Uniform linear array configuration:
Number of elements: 24
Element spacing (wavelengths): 0.5
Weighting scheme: binomial
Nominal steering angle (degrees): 15
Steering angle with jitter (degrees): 14.736
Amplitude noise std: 0.05
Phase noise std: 0.05

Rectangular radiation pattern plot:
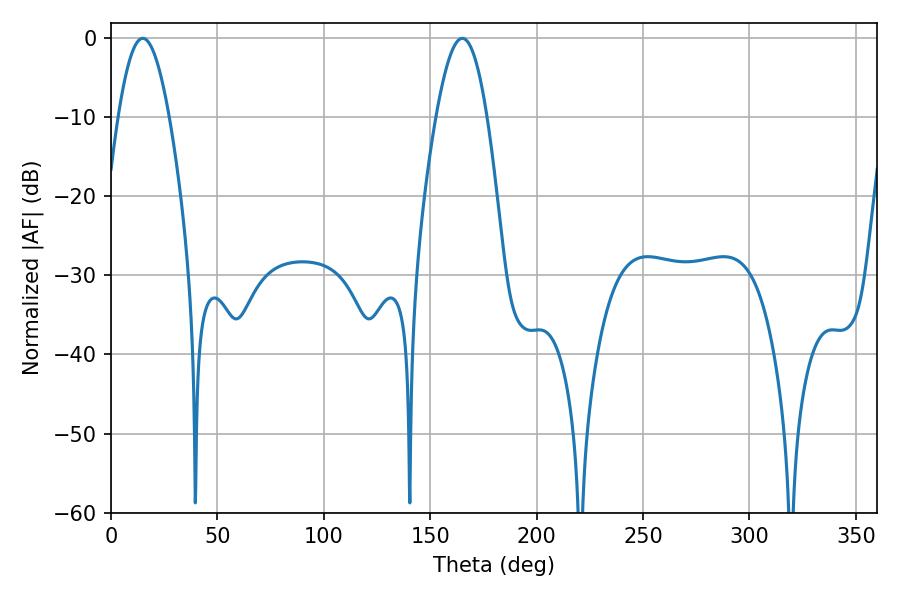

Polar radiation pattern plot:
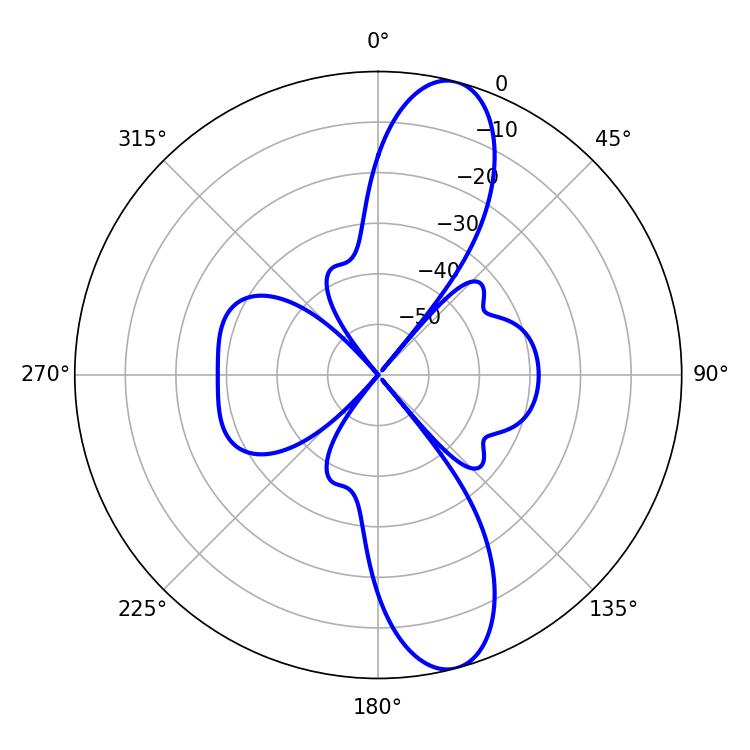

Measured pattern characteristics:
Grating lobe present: FALSE
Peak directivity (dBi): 11.967
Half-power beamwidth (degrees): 12.96
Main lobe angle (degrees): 14.94